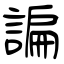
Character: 諞